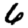
Digit: 6